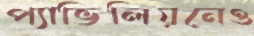
প্যাভিলিয়নেও